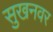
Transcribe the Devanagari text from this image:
सुखनवर